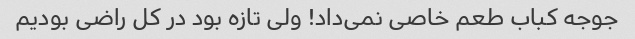
جوجه کباب طعم خاصی نمی‌داد! ولی تازه بود در کل راضی بودیم